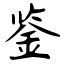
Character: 鉴